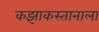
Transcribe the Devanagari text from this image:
कझाकस्तानाला